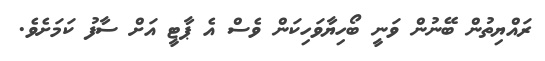
ރައްޔިތުން ބޭނުން ވަނީ ބޯހިޔާވަހިކަން ވެސް އެ ޕާޓީ އަށް ސާފު ކަމަށެވެ.